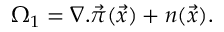
\Omega _ { 1 } = \nabla . \vec { \pi } ( \vec { x } ) + n ( \vec { x } ) .